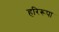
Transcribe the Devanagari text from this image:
हरिरूपा